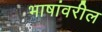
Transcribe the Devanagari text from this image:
भाषांवरील